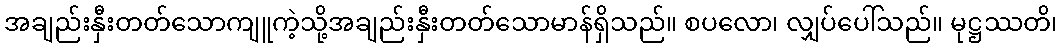
အချည်းနှီးတတ်သောကျူကဲ့သို့အချည်းနှီးတတ်သောမာန်ရှိသည်။ စပလော၊ လျှပ်ပေါ်သည်။ မုဋ္ဌဿတိ၊